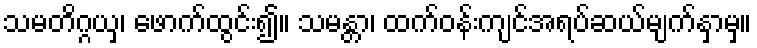
သမတိဂ္ဂယှ၊ ဖောက်ထွင်း၍။ သမန္တာ၊ ထက်ဝန်းကျင်အရပ်ဆယ်မျက်နှာမှ။